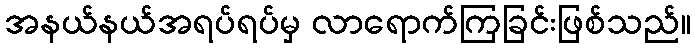
အနယ်နယ်အရပ်ရပ်မှ လာရောက်ကြခြင်းဖြစ်သည်။